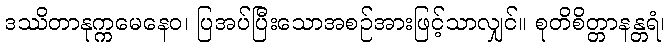
ဒဿိတာနုက္ကမေနေဝ၊ ပြအပ်ပြီးသောအစဉ်အားဖြင့်သာလျှင်။ စုတိစိတ္တာနန္တရံ၊